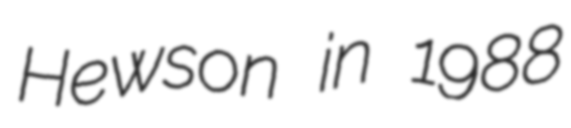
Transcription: Hewson in 1988